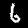
Label: 6